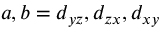
a , b = d _ { y z } , d _ { z x } , d _ { x y }